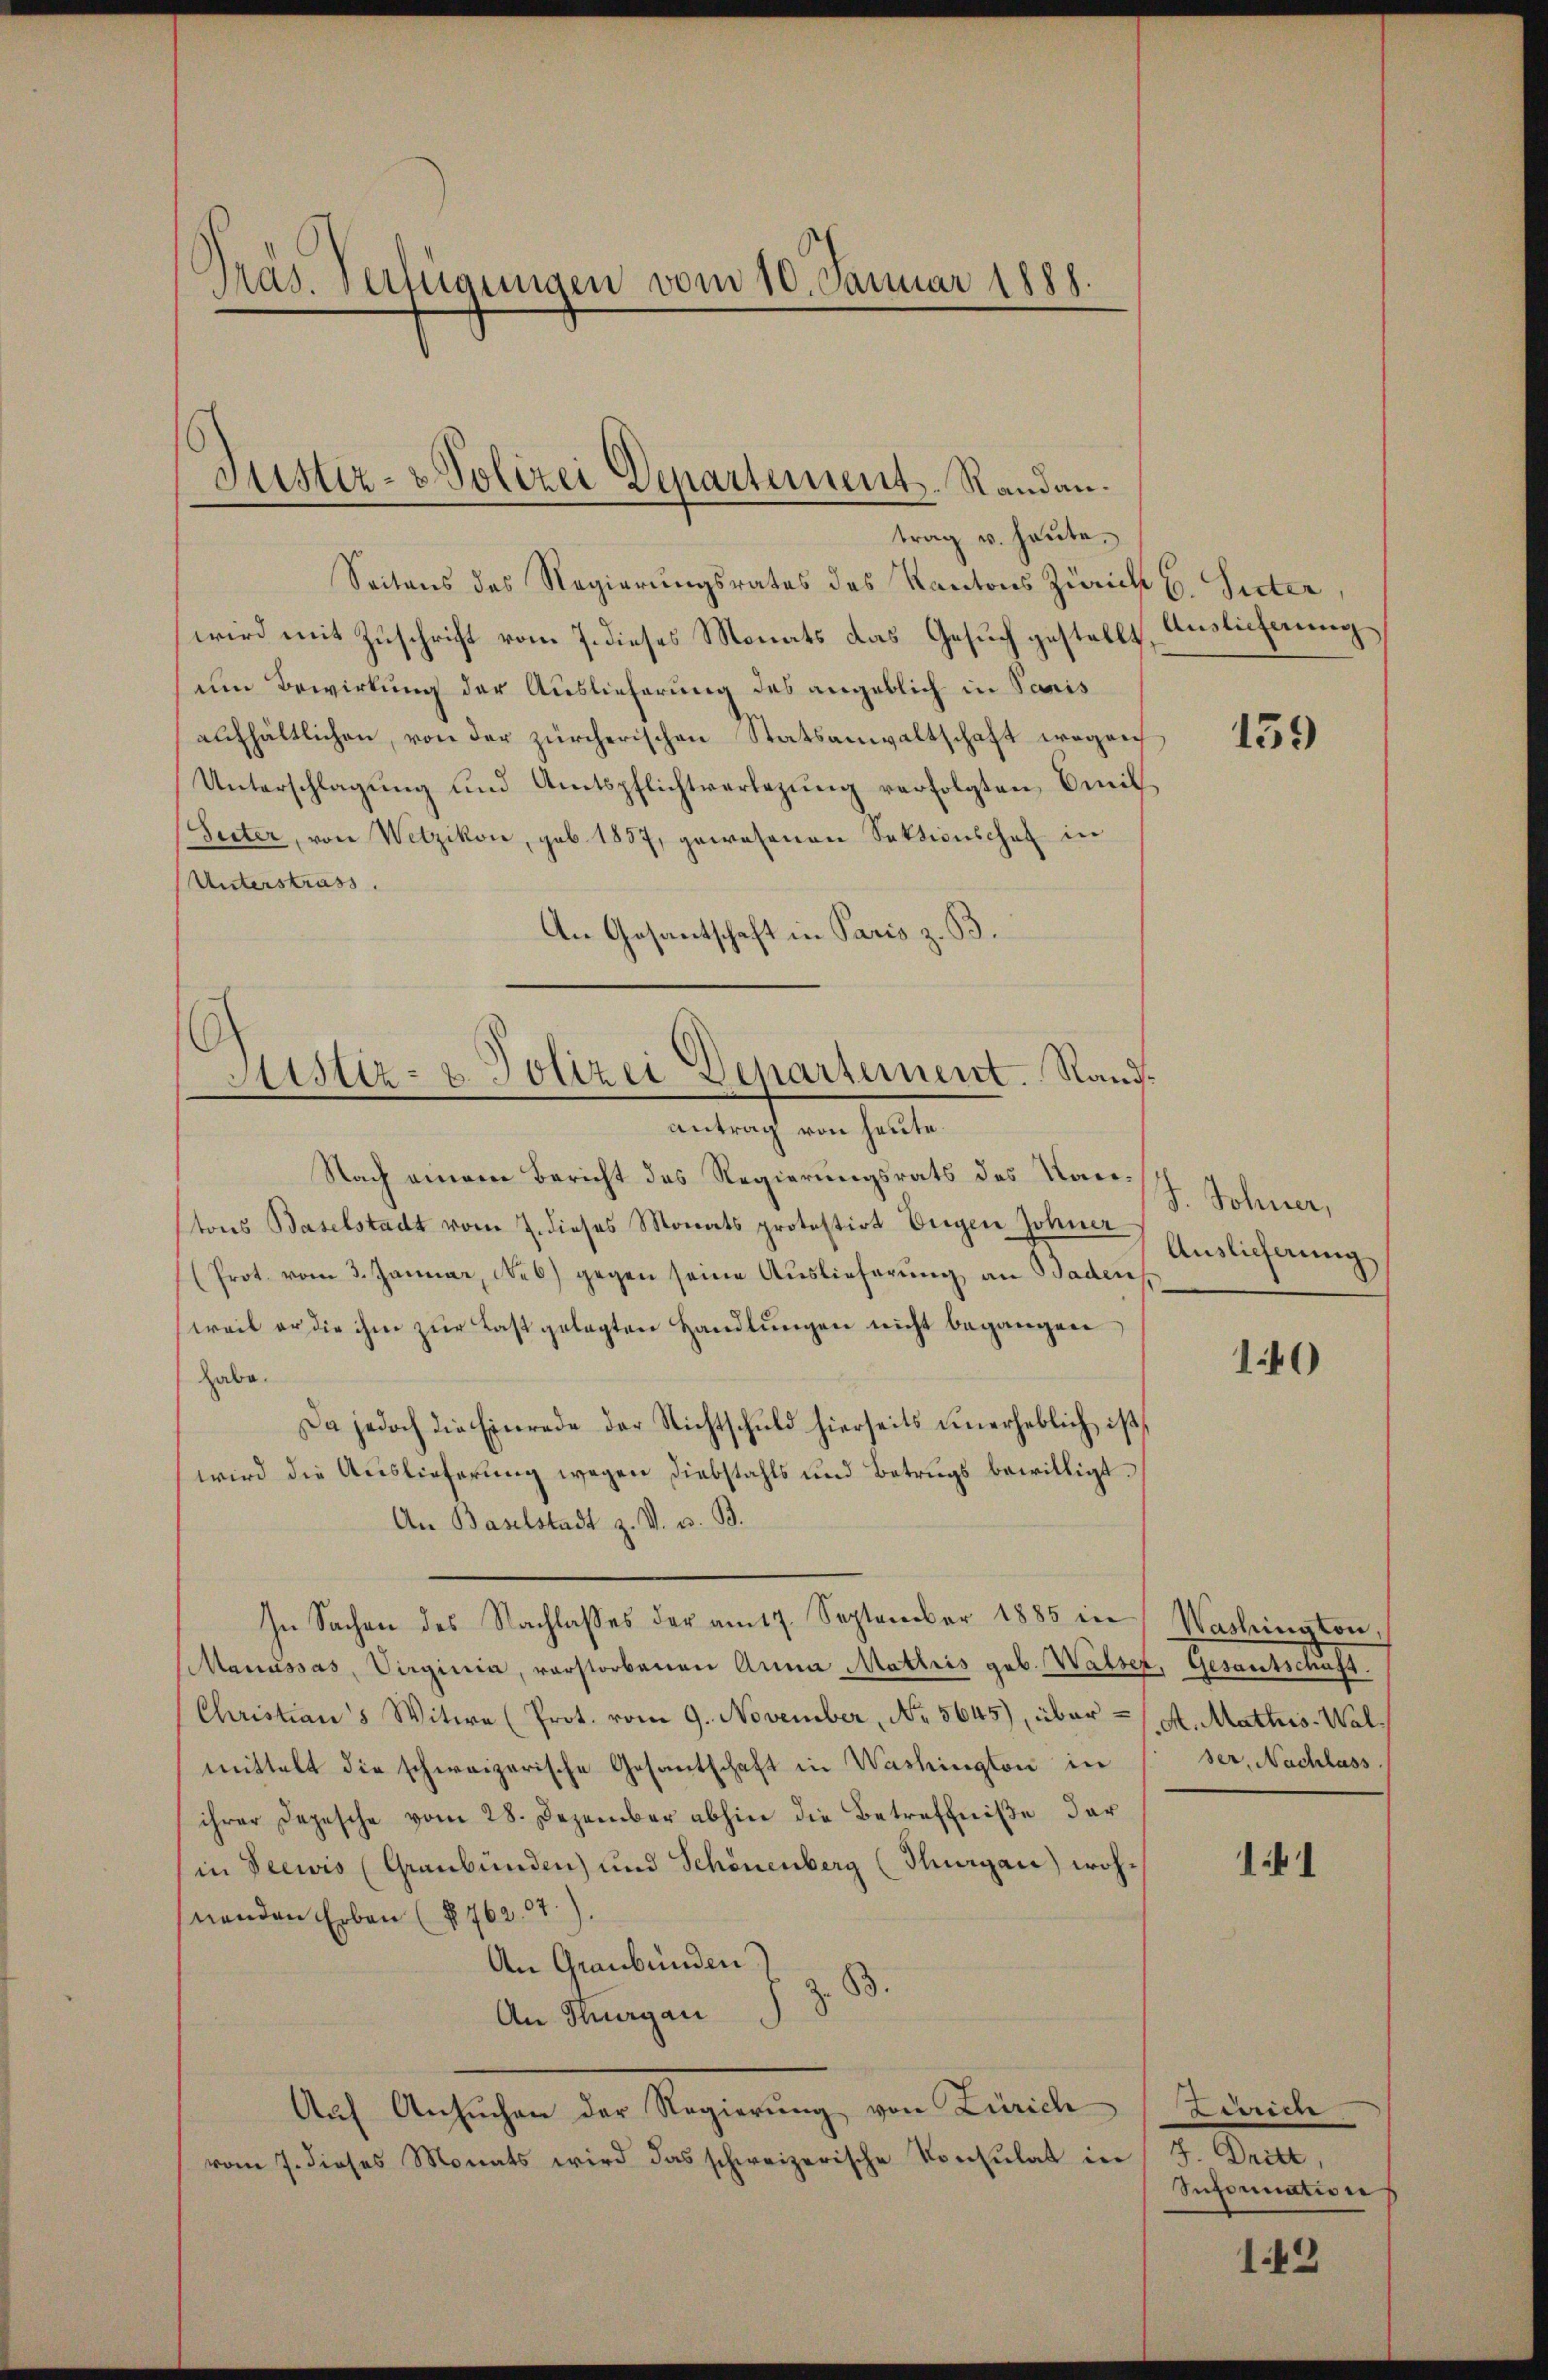
Präs. Verfügungen vom 10. Januar 1888.

Seitens des Regierungsrates des Kantons Zürich C. Suter,
wird mit Zuschrift vom 7. dieses Monats das Gesuch gestellt, Auslicherung
um Bewirkung der Auslieferung des angeblich in Paris
eufhältlichen, von der zürcherischen Statsanwaltschaft wegen
Unterschlagung und Amtspflichtverlegung verfolgten Emil¬
Seiter, von Wetzikon, geb. 1857, gewesenen Sektionschaf in
(Unterstrass
An Gesantschaft in Paris z. B.

Justiz- & Polizei Departement. Randau.
trag u. heute.

.
Sistiz- & Polizei Departement. Sandantrag von heute.

In Sachen des Nachlasses der am 17. September 1885 in Washington,

Nach einem Bericht des Regierungsrats des Kantons Baselstadt vom 7. dieses Monats protestirt Eigen Johner
(Prot. vom 3. Januar, Neb) gegen seine Auslieferung an Baden
weil er die ihm zur Last gelegten Handlŭngen nicht begangen,
habe.
Da jedoch die Einrede der Nichtschuld hierseits unerheblich ist,
wird die Auslieferung wegen Diebstahls und Betrugs bewilligt.
An Baselstadt z. V. v. B.
Manŭssas, Virginia, vorstorbenen Anna Mattris geb. Wasser, Gesantschaft.
Christian's Witwe (Prot. vom 9. November, No. 5645), über = A. Mathias-Walmittelt die schweizerische Gesantschaft in Washington in
ihrer Depesche vom 28. Dezember abhin die Betreffniße der
in Seewis (Graubünden) und Schönenberg (Thurgau) wohnenden Erben (§. 762.7).
An Graubünden
B.
z
An Thurgau
Auf Ansuchen der Regierung von Zürich
vom 7. dieses Monats wird das schweizerische Konsulat in

139

J. Sohner,
Auslieferung

140

ser, Nachlass

11

Linsen
J. Dritt,
Infornation

142